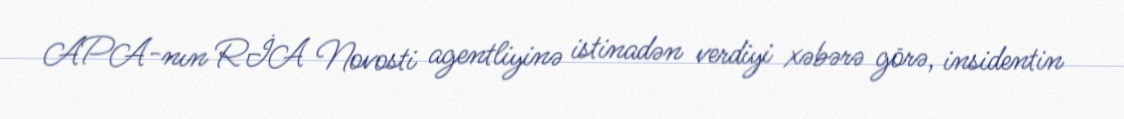
APA-nın RİA Novosti agentliyinə istinadən verdiyi xəbərə görə, insidentin